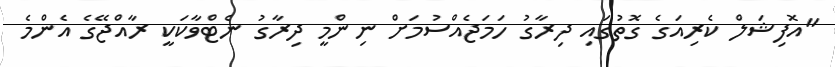
"އޮފިޝަލް ކެރިއަގެ ގޮތުގައި ދިރާގު ހަމަޖެއްސުމަށް ނިންމީ ދިރާގު ނެޓްވާކަކީ ރާއްޖޭގެ އެންމެ